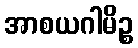
အာစယဂါမိဉ္စ